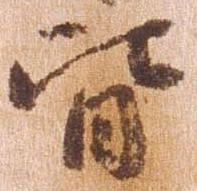
皆